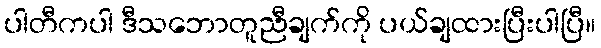
ပါတီကပါ ဒီသဘောတူညီချက်ကို ပယ်ချထားပြီးပါပြီ။